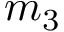
m _ { 3 }